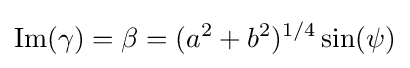
\operatorname {Im} (\gamma )=\beta =(a^{2}+b^{2})^{1/4}\sin(\psi )